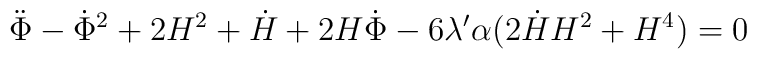
\ddot{\Phi}-\dot{\Phi}^2+ 2H^2+\dot{H}+2H\dot{\Phi}-6\lambda' \alpha (2\dot{H}H^2+H^4)=0